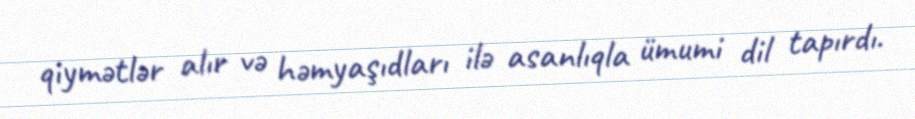
qiymətlər alır və həmyaşıdları ilə asanlıqla ümumi dil tapırdı.